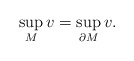
\begin{align*}\sup_{M} v = \sup_{\partial M} v.\end{align*}